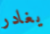
يغادر